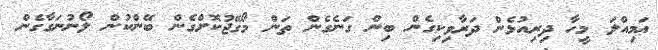
ޢަމިއްލަ މީހާ ދިރިއުޅެން ދަރާވިކިގެން ބިން ގަނެގެން ތަން މޯގޭޖުކޮށްގެން ބޭންކުން ލޯނުނަގާގެން